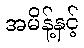
အမိန့်နှင့်